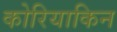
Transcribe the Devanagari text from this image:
कोरियाकिन